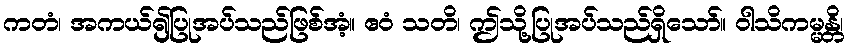
ကတံ၊ အကယ်၍ပြုအပ်သည်ဖြစ်အံ့။ ဧဝံ သတိ၊ ဤသို့ပြုအပ်သည်ရှိသော်။ ဝါသိကမ္မန္တိ၊